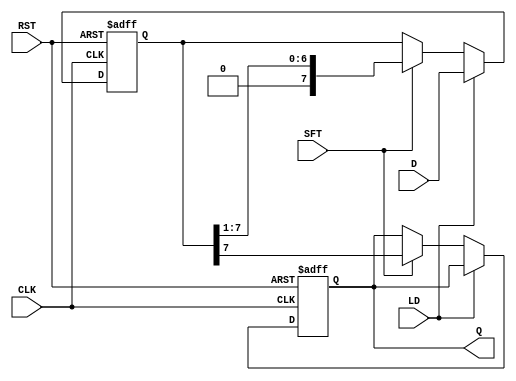
module PISO_Register #(
    parameter N = 8  // Width of the input data
)(
    input wire [N-1:0] D,    // Parallel input data
    input wire LD,           // Load signal
    input wire SFT,          // Shift signal
    input wire CLK,          // Clock signal
    input wire RST,          // Asynchronous reset signal
    output reg Q            // Serial output
);

    reg [N-1:0] shift_reg;  // Shift register to hold data

    // Asynchronous reset and loading data
    always @(posedge CLK or posedge RST) begin
        if (RST) begin
            shift_reg <= {N{1'b0}}; // Clear the shift register
            Q <= 1'b0;              // Clear output
        end else if (LD) begin
            shift_reg <= D;         // Load data into the shift register
        end else if (SFT) begin
            Q <= shift_reg[N-1];    // Output the MSB
            shift_reg <= {1'b0, shift_reg[N-1:1]}; // Shift left
        end
    end

endmodule